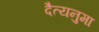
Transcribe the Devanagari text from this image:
दैत्यनुमा